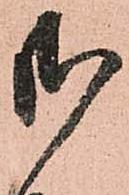
御